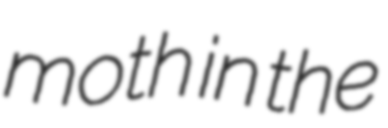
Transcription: moth in the